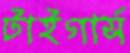
টাইগার্স